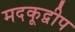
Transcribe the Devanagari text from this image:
मदकूद्वीप